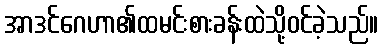
အာဒင်ဂေဟာ၏ထမင်းစားခန်းထဲသို့ဝင်ခဲ့သည်။